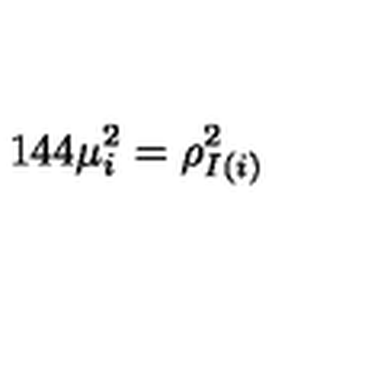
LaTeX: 1 4 4 \mu _ { i } ^ { 2 } = \rho _ { I ( i ) } ^ { 2 }